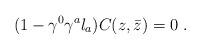
LaTeX: \begin{align*}(1- \gamma^0 \gamma^a l_a )C (z, \bar z) =0 \ .\end{align*}